Report of the Indian Hemp Drugs Commission, 1894-1895 - Volume VII
Year: 1894
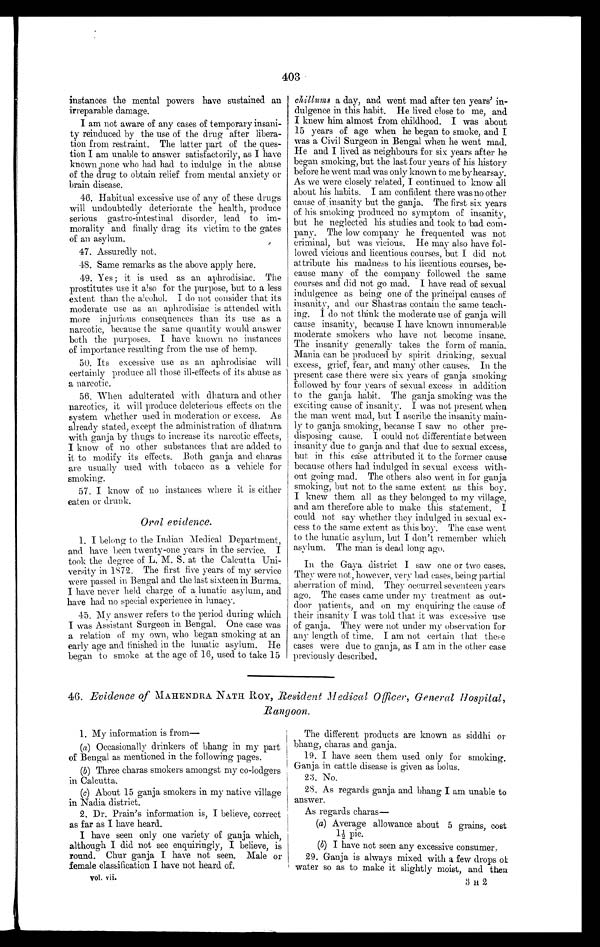
403
instances the mental powers have sustained an
irreparable damage.
I am not aware of any cases of temporary insani-
ty reinduced by the use of the drug after libera-
tion from restraint. The latter part of the ques-
tion I am unable to answer satisfactorily, as I have
known none who had had to indulge in the abuse
of the drug to obtain relief from mental anxiety or
brain disease.
46. Habitual excessive use of any of these drugs
will undoubtedly deteriorate the health, produce
serious gastro-intestinal disorder, lead to im-
morality and finally drag its victim to the gates
of an asylum.
47. Assuredly not.
48.
Same remarks as the above apply here.
49. Yes; it is used as an aphrodisiac. The
prostitutes use it also for the purpose, but to a less
extent than the alcohol. I do not consider that its
moderate use as an aphrodisiac is attended with
more injurious consequences than its use as a
narcotic, because the same quantity would answer
both the purposes. I have known no instances
of importance resulting from the use of hemp.
50. Its excessive use as an aphrodisiac will
certainly produce all those ill-effects of its abuse as
a narcotic.
56. When adulterated with dhatura and other
narcotics, it will produce deleterious effects on the
system whether used in moderation or excess. As
already stated, except. the administration of dhatura
with ganja by thugs to increase its narcotic effects,
I know of no other substances that are added to
it to modify its effects. Both ganja and charas
are usually used with tobacco as a vehicle for
smoking.
57. I know of no instances where it is either
eaten or drunk.
Oral evidence.
1. I belong to the Indian Medical Department,
and have been twenty-one years in the service. I
took the degree of L. M. S. at the Calcutta Uni-
ve r s i t y i n 1872. The f i r s t f i ve ye a r s of my s e r vi c e
were passed in Bengal and the last sixteen in Burma.
I have never held charge of a lunatic asylum, and
have had no special experience in lunacy.
45. My answer refers to the period during which
I was Assistant Surgeon in Bengal. One case was
a relation of my own, who began smoking at an
early age and finished in the lunatic asylum. He
began to smoke at the age of 16, used to take 15
chillums a day, and went mad after ten years' in-
dulgence in this habit. He lived close to me, and
I knew him almost from childhood. I was about
15 years of age when he began to smoke, and I
was a Civil Surgeon in Bengal when he went mad.
He and I lived as neighbours for six years after he
began smoking, but the last four years of his history
before he went mad was only known to me by hearsay.
As we were closely related, I continued to know all
about his habits. I am confident there was no other
cause of insanity but the ganja. The first six years
of his smoking produced no symptom of insanity,
but he neglected his studies and took to bad com-
pany. The low company he frequented was not
criminal, but was vicious. He may also have fol-
lowed vicious and licentious courses, but I did not
attribute his madness to his licentious courses, be-
cause many of the company followed the same
courses and did not go mad. I have read of sexual
indulgence as being one of the principal causes of
insanity, and our Shastras contain the same teach-
ing. I do not think the moderate use of ganja will
cause insanity, because I have known innumerable
moderate smokers who have not become insane.
The insanity generally takes the form of mania.
Mania can be produced by spirit drinking, sexual
excess, grief, fear, and many other causes. In. the
present case there were six years of ganja smoking
followed by four years of sexual excess in addition
to the ganja habit. The ganja smoking was the
exciting cause of insanity. I was not present when
the man went mad, but I ascribe the insanity main-
ly to ganja smoking, because I saw no other pre-
disposing cause. I could not differentiate between
insanity due to ganja and that due to sexual excess,
but in this case attributed it to the former cause
because others had indulged in sexual excess with-
out going mad. The others also went in for ganja
smoking, but not to the same extent as this boy.
I knew them all as they belonged to my village,
and am therefore able to make this statement. I
could not say whether they indulged in sexual ex-
cess to the same extent as this boy. The case went
to the lunatic asylum, but I don't remember which
asylum. The man is dead long ago.
In the Gaya district I saw one or two cases.
They were not, however, very bad cases, being partial
aberration of mind. They occurred seventeen years
ago. The cases came under my treatment as out-
door patients, and on my enquiring the cause of
their insanity I was told that it was excessive use
of ganja. They were not under my observation for
any length of time. I am not certain that these
cases were due to ganja, as I am in the other case
previously described.
46. Evidence of MAHENDRA NATH ROY, Resident Medical Officer, General Hospital,
Rangoon.
1. My information is from
—
(a) Occasionally drinkers of bhang in my part
of Bengal as mentioned in the following pages.
(b) Three charas smokers amongst my co-lodgers
in Calcutta.
(c) About 15 ganja smokers in my native village
in Nadia district.
2. Dr. Prain's information is, I believe, correct
as far as I have heard.
I have seen only one variety of ganja which,
although I did not see enquiringly, I believe, is
round. Chur ganja I have not seen. Male or
female classification I have not heard of.
V o l . v i i .
The different products are known as siddhi or
bhang, charas and ganja.
19. I have seen them used only for smoking.
Ganja in cattle disease is given as bolus.
23. No.
2S. As regards ganja and bhang I am unable to
answer.
As regards charas-
(a) Average allowance about 5 grains, cost
1½ pie.
(b) I have not seen any excessive consumer.
29. Ganja is always mixed with a few drops of
water so as to make it slightly moist, and then
3 H 2